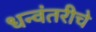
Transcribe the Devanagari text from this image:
धन्वंतरीचे